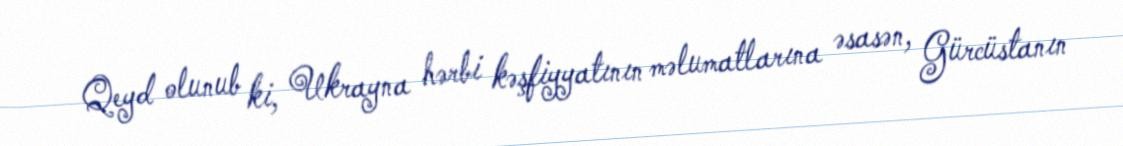
Qeyd olunub ki, Ukrayna hərbi kəşfiyyatının məlumatlarına əsasən, Gürcüstanın